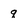
Character: q